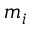
m _ { i }